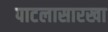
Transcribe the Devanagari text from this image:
पाटलासारखा